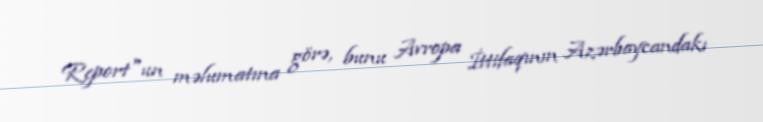
Report"un məlumatına görə, bunu Avropa İttifaqının Azərbaycandakı